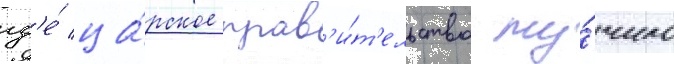
гд'е́ ца́рское прав'и́т'ельство му́чило